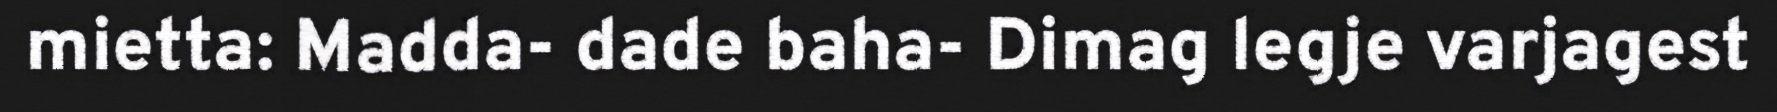
mietta: Madda- dade baha- Dimag legje varjagest